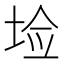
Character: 𰉱